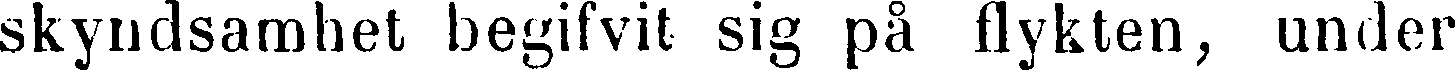
skyndsamhet begifvit sig på flykten, under